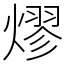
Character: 熮